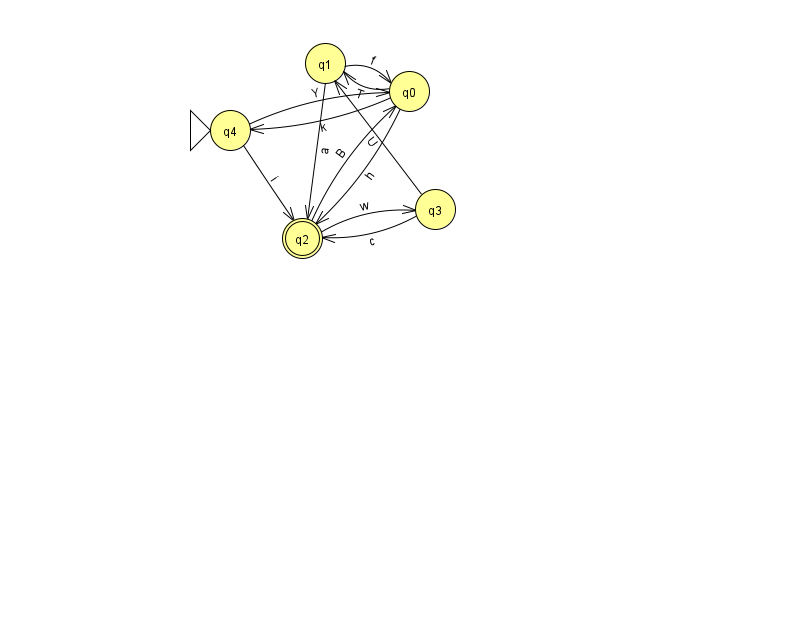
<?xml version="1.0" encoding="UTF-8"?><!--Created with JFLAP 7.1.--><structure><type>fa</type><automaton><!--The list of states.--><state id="0" name="q0"><x>409.0</x><y>78.0</y></state><state id="1" name="q1"><x>325.0</x><y>50.0</y></state><state id="2" name="q2"><x>302.0</x><y>225.0</y><final/></state><state id="3" name="q3"><x>435.0</x><y>196.0</y></state><state id="4" name="q4"><x>230.0</x><y>117.0</y><initial/></state><!--The list of transitions.--><transition><from>4</from><to>2</to><read>i</read></transition><transition><from>0</from><to>2</to><read>h</read></transition><transition><from>1</from><to>2</to><read>a</read></transition><transition><from>2</from><to>3</to><read>w</read></transition><transition><from>0</from><to>1</to><read>T</read></transition><transition><from>0</from><to>4</to><read>k</read></transition><transition><from>2</from><to>0</to><read>B</read></transition><transition><from>3</from><to>1</to><read>U</read></transition><transition><from>3</from><to>2</to><read>c</read></transition><transition><from>1</from><to>0</to><read>f</read></transition><transition><from>4</from><to>0</to><read>Y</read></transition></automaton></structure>